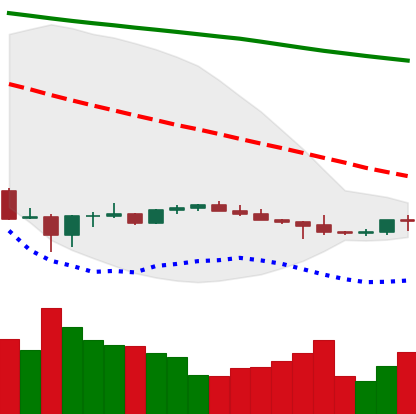
Ticker: BTC-USD
Chart end date: 2022-07-05
Forward return: 3.32%
Label: up_3_5